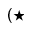
( { \star }